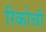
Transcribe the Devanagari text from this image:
रिकोची